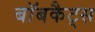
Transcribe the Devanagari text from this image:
बॉबकैट्स